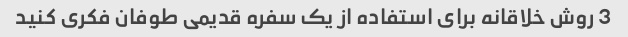
3 روش خلاقانه برای استفاده از یک سفره قدیمی طوفان فکری کنید